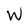
Character: W